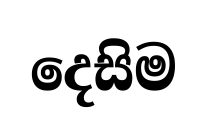
දෙසිම